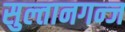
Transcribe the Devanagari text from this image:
सुल्तानगन्ज